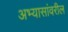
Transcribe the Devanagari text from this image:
अभ्यासांवरील